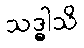
သဒ္ဓါသိ